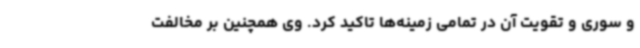
و سوری و تقویت آن در تمامی زمینه‌ها تاکید کرد. وی همچنین بر مخالفت